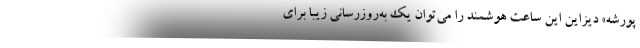
پورشه» دیزاین این ساعت هوشمند را می‌توان یک به‌روزرسانی زیبا برای